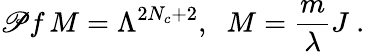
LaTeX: \mathscr{P}f\, M=\Lambda^{2N_{c}+2},\; \; M=\frac{{m}}{{\lambda}}J\ .